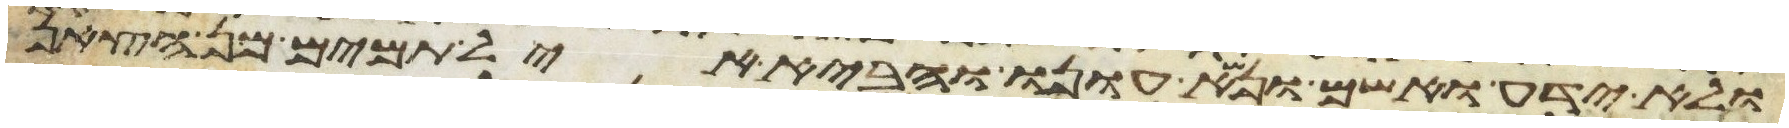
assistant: ולא ידע ואשם ונשא עונו והביא איל תמים מן הצאן